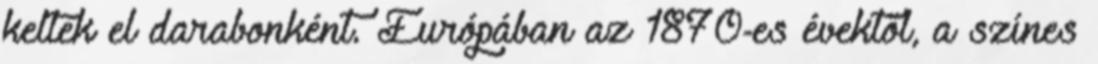
keltek el darabonként. Európában az 1870-es évektől, a színes